Vaccination in Bombay 1902-1912 - 1902-1912
Year: 1902
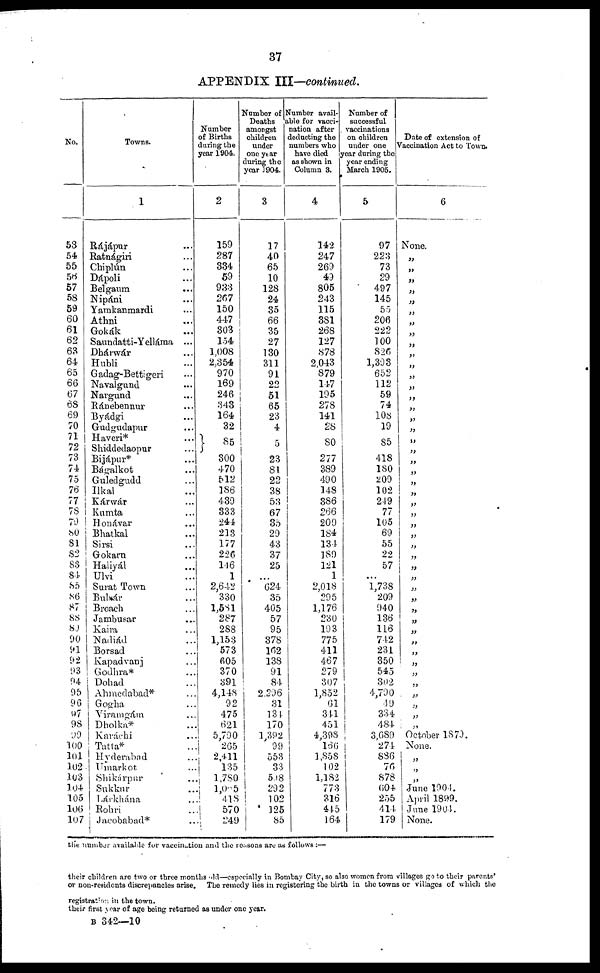
37
APPENDIX III—continued.
No.
53
54
55
56
57
58
59
60
61
62
63
64
65
66
67
68
69
70
71
72
73
74
75
76
77
78
79
80
81
82
83
84
85
86
87
88
89
90
91
92
93
94
95
96
97
98
99
100
101
102
103
104
105
106
107
Towns.
1
Rájápur ...
Ratnágiri ...
Chiplún ...
Dápoli ...
Belgaum ...
Nipáni ...
Yamkanmardi ...
Athni ...
Gokák ...
Saundatti-Yelláma ...
Dháwár ...
Hubli ...
Gadag-Bettigeri ...
Navalgund ...
Nargund ...
Ránebennur ...
Byádgi ...
Gudgudapur ...
Haveri* ...
Shiddedaopur ...
Bijápur* ...
Bágalkot ...
Guledgudd ...
Ilkal ...
Kárwár ...
Kumta ...
Honávar ...
Bhatkal ...
Sirsi ...
Gokarn ...
Haliyál ...
Ulvi ...
Surat Town ...
Bulsár ...
Broach ...
Jambusar ...
Kaira ...
Nadiád ...
Borsad ...
Kapadvanj ...
Godhra* ...
Dohad ...
Ahmedabad* ...
Gogha ...
Viramgám ...
Dholka* ...
Karáchi ...
Tatta* ...
Hyderabad ...
Umarkot ...
Shikárpur ...
Sukkur ...
Lárkhána ...
Rohri ...
Jacobabad* ...
Number
of Births
during the
year 1904.
2
159
287
334
59
933
267
150
447
303
154
1,008
2,354
970
169
246
343
164
32
85
300
470
512
186
439
333
244
213
177
226
146
1
2,642
330
1,581
287
288
1,153
573
605
370
891
4,148
92
475
621
5,790
265
2,411
135
1,780
1,005
418
570
249
Number of
Deaths
amongst
children
under
one year
during the
year 1904.
3
17
40
65
10
128
24
35
66
35
27
130
311
91
22
51
65
23
4
5
23
81
22
38
53
67
35
29
43
37
25
...
624
35
405
57
95
378
162
138
91
84
2,296
31
134
170
1,392
99
553
33
508
292
102
125
85
Number avail-
able for vacci-
nation after
deducting the
numbers who
have died
as shown in
Column 3.
4
142
247
269
49
805
243
115
381
268
127
878
2,043
879
147
195
278
141
28
80
277
389
490
148
386
266
209
184
134
189
121
1
2,018
295
1,176
230
193
775
411
467
279
307
1,852
61
341
451
4,398
166
1,858
102
1,182
773
316
445
164
Number of
successful
vaccinations
on children
under one
year during the
year ending
March 1905.
5
97
223
73
29
497
145
55
206
222
100
826
1,393
652
112
59
74
108
19
85
418
180
209
102
249
77
105
69
55
22
57
...
1,738
209
940
136
116
742
231
350
545
302
4,790
49
334
484
3,689
274
886
76
878
604
255
414
179
Date of extension of
Vaccination Act to Town.
6
None.
„
„
„
„
„
„
„
„
„
„
„
„
„
„
„
„
„
„
„
„
„
„
„
„
„
„
„
„
„
„
„
„
„
„
„
„
„
„
„
„
„
„
„
„
„
October 1879.
None.
„
„
„
June 1904.
April 1899.
June 1904.
None.
the number available for vaccination and the reasons are as follows:—
their children are two or three months old—especially in Bombay City, so also women from villages go to their parents'
or non-residents discrepancies arise. The remedy lies in registering the birth in the towns or villages of which the
registration in the town.
their first year of age being returned as under one year.
B 342—10